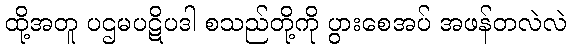
ထို့အတူ ပဌမပဋိပဒါ စသည်တို့ကို ပွားစေအပ် အဖန်တလဲလဲ